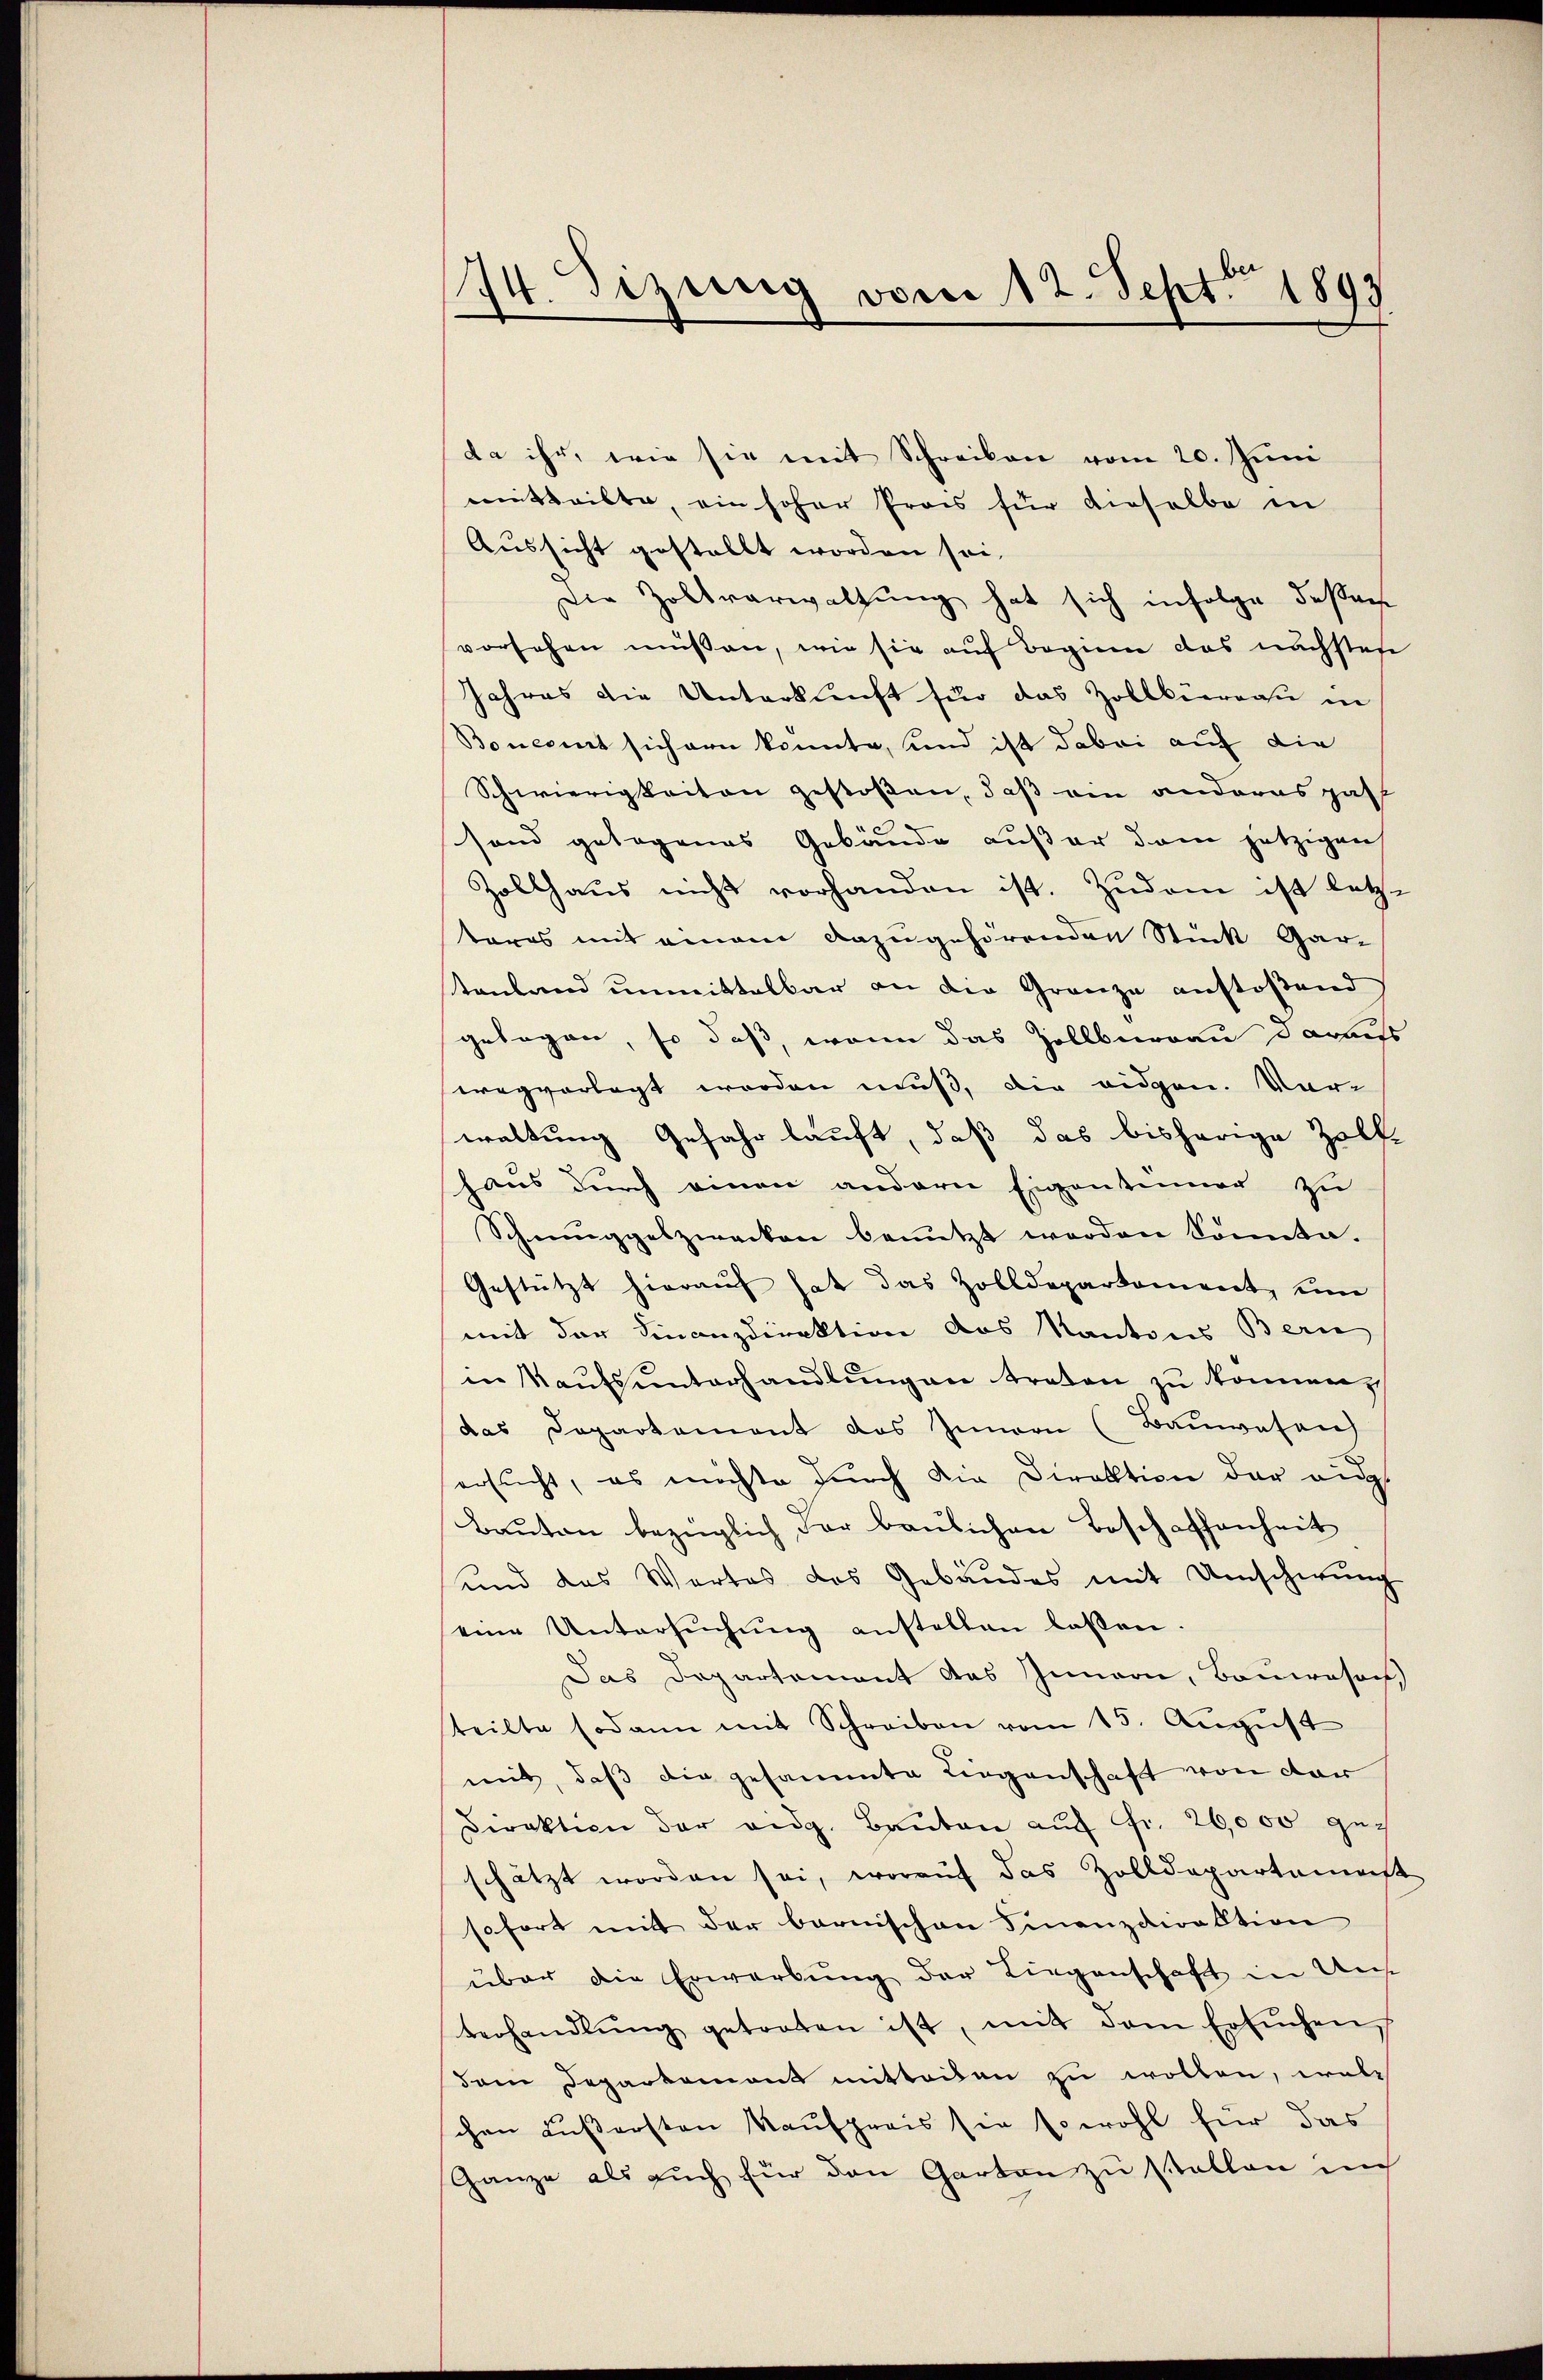
da ihr, wie sie mit Schreiben vom 20. Juni
mitteilte, ein hoher Prois für dieselbe in
Aussicht gestellt worden sei,
Die Zollverwaltung hat sich infolge deßen
vorsehen müßen, wie sie auf Beginn das nachstes
Jahres die Unterkunft für das Zollbüreau in
Boncent sichern konnte, und ist dabei auf die
Schwierigkeiten gestoßen, daß ein anderes pat
fond gelegenes Gebäude außer dem jetzigen
Zollhaus nicht vorhanden ist. Zudem ist letz-
tores mit einem dazugehörenden Stück Gar-
stenland unmittelbar an die Grenze anstoßend
gelegen, so daß, wenn das Zollbüreau daraus
wegvorlegt worden muß, die eidgen. Vor-
waltung Gefahr läuft, daß das bisherige Zolf-
haus durch einen andern Eigentümer zu
Schmuggelzwecken benutzt werden Sonnte.
Gestützt hieraus hat das Zolldepartement, um
mit der Finanzdirektion des Kantons Bern
in Kaŭfsŭnterhandlŭngen treten zu können
das Departement das Innern (Bauwesen
ersucht, es möchte durch die Direktion der aus
Bauten bezüglich der baulichen Beschaffenheit
und das Wortes das Gebäudes mit Umscherung
eine Untersŭchŭng anstellen lassen
Das Departement das Innern, Bauwesen
teilte sodann mit Schreiben vom 15. August
mit, daß die gesammte Liegenschaft von der
Direktion der eidg. Bauten auf Fr. 26,000 gech
schätzt worden sei, worauf das Zolldepartemest
sofort mit der bernischen Finanzdirektion
über die Erwerbung der Liegenschaft in Uns
verhandlŭng getreten ist, mit dem Ersŭchen
Dam Departement mitteilen zu wollen, wal
chen äußersten Kaufpreis sie sowohl für das
Ganze als auch für den Garten zu stellen in

74. Sizung vom 12. Sept. 1893